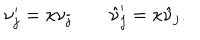
\nu _ { j } ^ { \prime } = \kappa \nu _ { j } \quad \quad \hat { \nu } _ { j } ^ { \prime } = \kappa \hat { \nu } _ { j } .